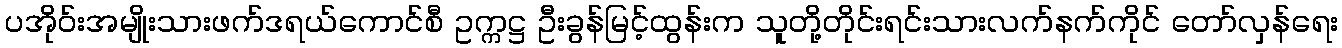
ပအိုဝ်းအမျိုးသားဖက်ဒရယ်ကောင်စီ ဥက္ကဋ္ဌ ဦးခွန်မြင့်ထွန်းက သူတို့တိုင်းရင်းသားလက်နက်ကိုင် တော်လှန်ရေး